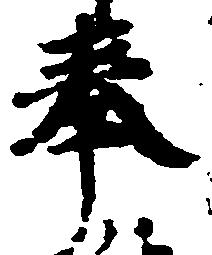
奉